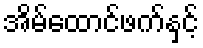
အိမ်ထောင်ဖက်နှင့်